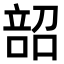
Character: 𫫌